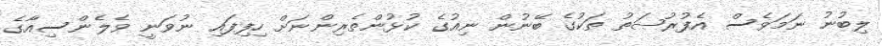
ލިބުނު ނަމަވެސް އެފުރުޞަތު ތަކުގެ ބޭނުން ނިއުގެ ކުޅުންތެރިންނަށް ހިފިފައި ނުވަނީ ވެލެންސިއާގެ